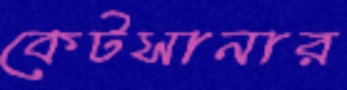
কেটসানার